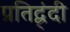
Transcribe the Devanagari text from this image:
प्रतिद्व्ंदी